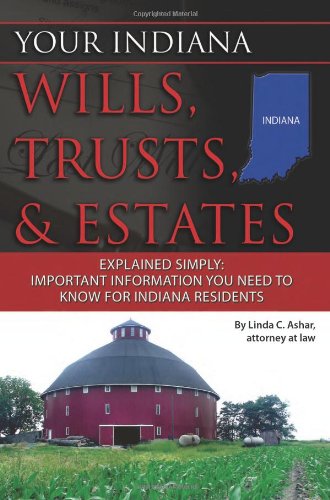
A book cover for Your Indiana Wills, Trusts, & Estates Explained Simply: Important Information You Need to Know for Indiana Residents (Back-To-Basics); Linda C. Ashar  Attorney at Law; Law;